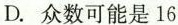
D. 众数可能是16